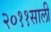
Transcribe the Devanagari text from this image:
२०११साली